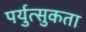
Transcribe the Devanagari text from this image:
पर्युत्सुकता